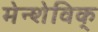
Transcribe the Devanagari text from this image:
मेन्शेविक्